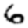
Digit: 6